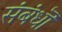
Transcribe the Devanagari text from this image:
संबंधॊ